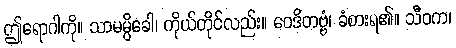
ဤရောဂါကို။ သာမမ္ပိခေါ၊ ကိုယ်တိုင်လည်း။ ဝေဒိတဗ္ဗံ၊ ခံစားရ၏။ သီဝက၊